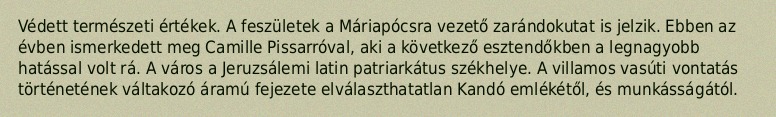
Védett természeti értékek. A feszületek a Máriapócsra vezető zarándokutat is jelzik. Ebben az évben ismerkedett meg Camille Pissarróval, aki a következő esztendőkben a legnagyobb hatással volt rá. A város a Jeruzsálemi latin patriarkátus székhelye. A villamos vasúti vontatás történetének váltakozó áramú fejezete elválaszthatatlan Kandó emlékétől, és munkásságától.